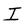
Character: I